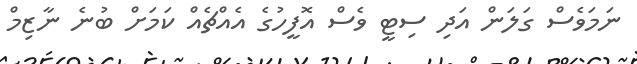
ނަމަވެސް ގަލަން އަދި ސިޓީ ވެސް އޮފީހުގެ އެއްޗެއް ކަމަށް ބުނެ ނާޒިމް